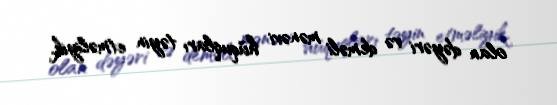
olan dəyəri və deməli mənəvi hüquqları təyin etməliyik.